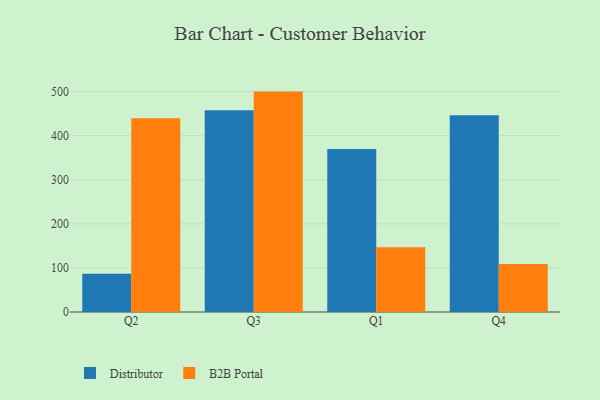
{"axis": {"x": "Quarter", "y": "Churn Rate (%)"}, "legend": ["B2B Portal", "Distributor"], "data": [{"x": "Q2", "y": 86.5, "type": "Distributor"}, {"x": "Q2", "y": 439.7, "type": "B2B Portal"}, {"x": "Q3", "y": 457.5, "type": "Distributor"}, {"x": "Q3", "y": 499.9, "type": "B2B Portal"}, {"x": "Q1", "y": 369.6, "type": "Distributor"}, {"x": "Q1", "y": 146.7, "type": "B2B Portal"}, {"x": "Q4", "y": 446.1, "type": "Distributor"}, {"x": "Q4", "y": 109.1, "type": "B2B Portal"}]}